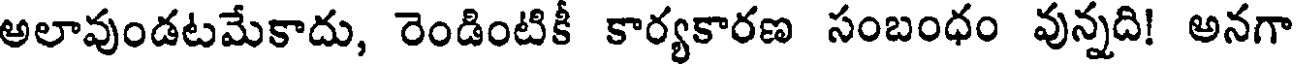
అలావుండటమేకాదు, రెండింటికీ కార్యకారణ సంబంధం వున్నది! అనగా